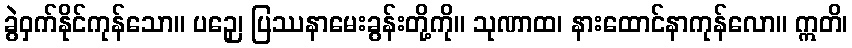
ခွဲဝှက်နိုင်ကုန်သော။ ပဉှေ၊ ပြဿနာမေးခွန်းတို့ကို။ သုဏာထ၊ နားထောင်နာကုန်လော။ ဣတိ၊